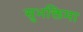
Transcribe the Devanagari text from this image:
सुभक्तिमा